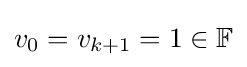
v_{0}=v_{k+1}=1\in \mathbb {F}